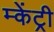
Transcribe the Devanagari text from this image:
म्केंट्री